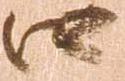
口